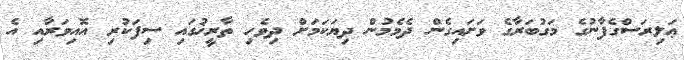
ޢަލިރަސްގެފާނުގެ މަގުބަރާގެ ވަށައިގެން ދެމެމުން ދިޔަކަމަށް ދިވެހި ތާރީޚުގައި ސިފަކުރި އޮއިވަރާއި އެ